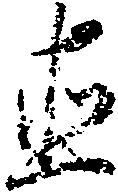
直